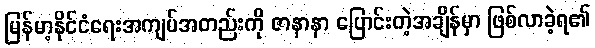
မြန်မာ့နိုင်ငံရေးအကျပ်အတည်းကို ဇာနာနာ ပြောင်းတဲ့အချိန်မှာ ဖြစ်လာခဲ့ရ၏